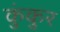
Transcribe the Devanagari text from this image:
कुंकुर